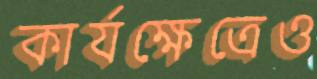
কার্যক্ষেত্রেও